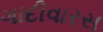
ગાદીવારસ